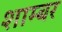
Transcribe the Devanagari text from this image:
शाम्बर